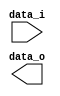
//Subject:     CO project 2 - Sign extend
//--------------------------------------------------------------------------------
//Version:     1
//--------------------------------------------------------------------------------
//Writer:      
//----------------------------------------------
//Date:        
//----------------------------------------------
//Description: 
//--------------------------------------------------------------------------------

module Sign_Extend(
    data_i,
    data_o
    );
               
//I/O ports
input   [16-1:0] data_i;
output  [32-1:0] data_o;

//Internal Signals
reg     [32-1:0] data_o;

//Sign extended
          
endmodule